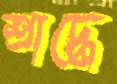
শ্রাদ্ধে